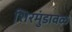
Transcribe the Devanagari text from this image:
शिरमुंडावळ